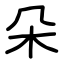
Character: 朵